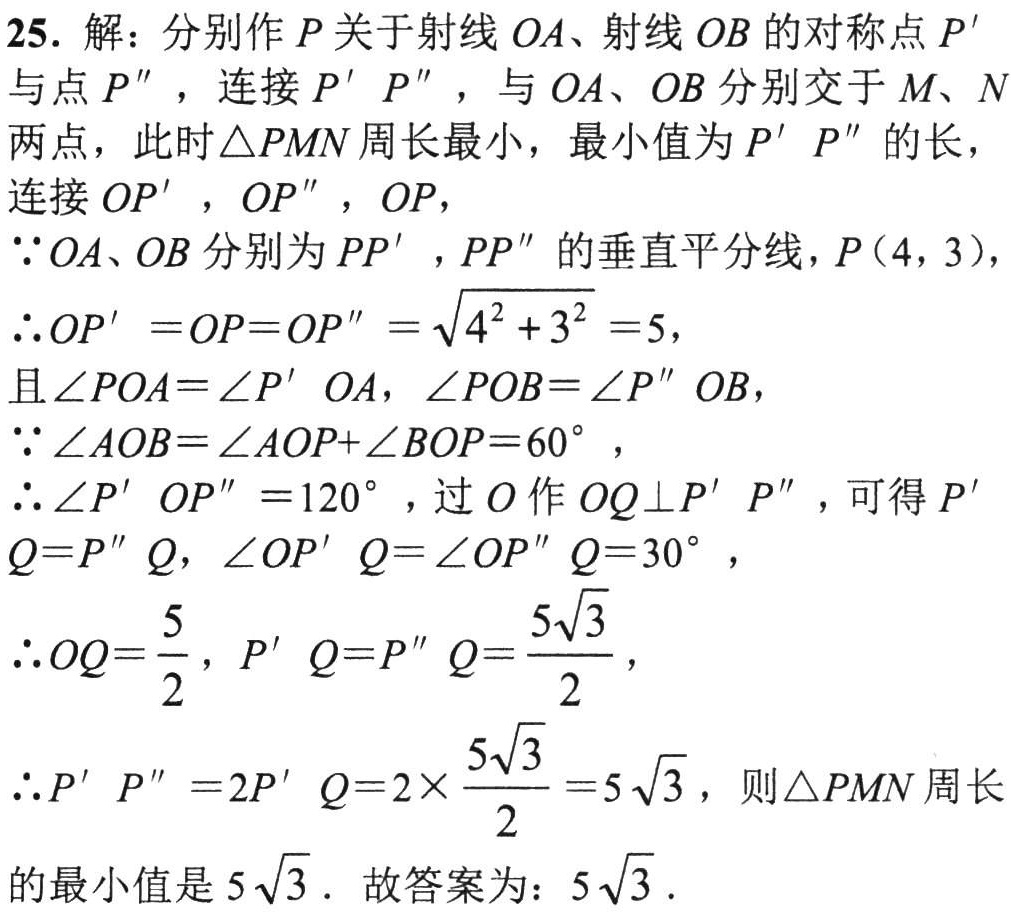
25. 解：分别作\(P\)关于射线\(OA\)、射线\(OB\)的对称点\(P'\)与点\(P''\)，连接\(P'P''\)，与\(OA\)、\(OB\)分别交于\(M\)、\(N\)两点，此时\(\triangle PMN\)周长最小，最小值为\(P'P''\)的长，连接\(OP'\)，\(OP''\)，\(OP\)，
\(\because OA、OB\)分别为\(PP'\)，\(PP''\)的垂直平分线，\(P(4,3)\)，
\(\therefore OP' =OP=OP'' =\sqrt{4^{2}+3^{2}} =5\)，
且\(\angle POA=\angle P'OA\)，\(\angle POB=\angle P''OB\)，
\(\because \angle AOB=\angle AOP+\angle BOP = 60^{\circ}\)，
\(\therefore \angle P'OP'' = 120^{\circ}\)，过\(O\)作\(OQ\perp P'P''\)，可得\(P'Q=P''Q\)，\(\angle OP'Q=\angle OP''Q = 30^{\circ}\)，
\(\therefore OQ=\dfrac{5}{2}\)，\(P'Q=P''Q=\dfrac{5\sqrt{3}}{2}\)，
\(\therefore P'P'' = 2P'Q=2\times\dfrac{5\sqrt{3}}{2}=5\sqrt{3}\)，则\(\triangle PMN\)周长的最小值是\(5\sqrt{3}\)．故答案为：\(5\sqrt{3}\)．